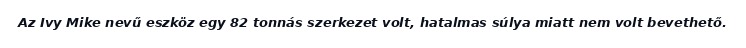
Az Ivy Mike nevű eszköz egy 82 tonnás szerkezet volt, hatalmas súlya miatt nem volt bevethető.